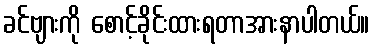
ခင်ဗျားကို စောင့်ခိုင်းထားရတာအားနာပါတယ်။